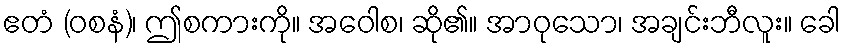
ဧတံ (ဝစနံ)၊ ဤစကားကို။ အဝေါစ၊ ဆို၏။ အာဝုသော၊ အချင်းဘီလူး။ ခေါ